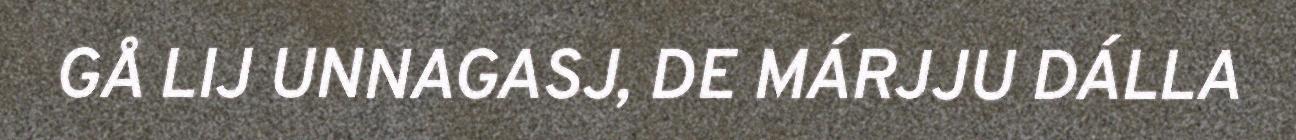
GÅ LIJ UNNAGASJ, DE MÁRJJU DÁLLA